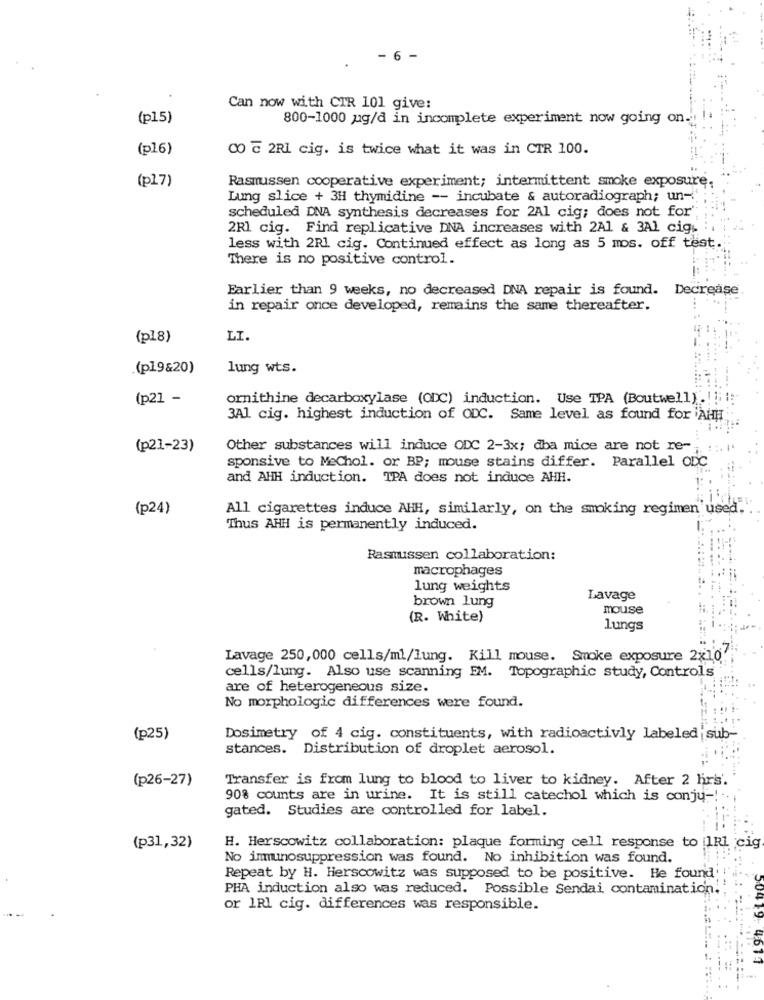
6 -
Can now with CIR 101 give:
(p15)
800-1000 ug/d in incomplete experiment now going on.
(p16)
CO ℃ 2RI cig. is twice what it was in CTR 100.
(pl7)
Rasmussen cooperative experiment; intermittent smoke exposure,
Lung slice + 3H thymidine -- incubate & autoradiograph; un-
scheduled DNA synthesis decreases for 2Al cig; does not for';
2Rl cig. Find replicative DNA increases with 2Al & 3Al cigg
less with 2Rl cig. Continued effect as long as 5 mos. off test.
There is no positive control.
Earlier than 9 weeks, no decreased DNA repair is found. Decrease
in repair once developed, remains the same thereafter.
(p18)
LI
.(pl9&20)
lung wts.
(p21 -
ornithine decarboxylase (CDC) induction. Use TPA (Boutwell) .! ! !
3Al cig. highest induction of ODC. Same level as found for AHH
(p21-23)
Other substances will induce ODC 2-3x; dba mice are not re-
sponsive to MeChol. or BP; mouse stains differ. Parallel ODC
and AHH induction. TPA does not induce AHH.
(p24)
All cigarettes induce AHH, similarly, on the smoking regimen used.
Thus AHH is permanently induced.
Rasmussen collaboration:
macrophages
lung weights
brown lung
Lavage
mouse
(R. White)
lungs
Lavage 250,000 cells/ml/lung. Kill mouse. Smoke exposure 2%10'
cells/lung. Also use scanning EM. Topographic study, Control's
are of heterogeneous size.
No morphologic differences were found.
(p25)
Dosimetry of 4 cig. constituents, with radioactivly labeled'sub-
stances. Distribution of droplet aerosol.
(p26-27)
Transfer is from lung to blood to liver to kidney. After 2 hrs'.
90% counts are in urine. It is still catechol which is conju -!:
gated. Studies are controlled for label.
(p31,32)
H. Herscowitz collaboration: plaque forming cell response to IRI cig
No immunosuppression was found. No inhibition was found.
Repeat by H. Herscowitz was supposed to be positive. He found
PHA induction also was reduced. Possible Sendai contamination.
or 1RI cig. differences was responsible.